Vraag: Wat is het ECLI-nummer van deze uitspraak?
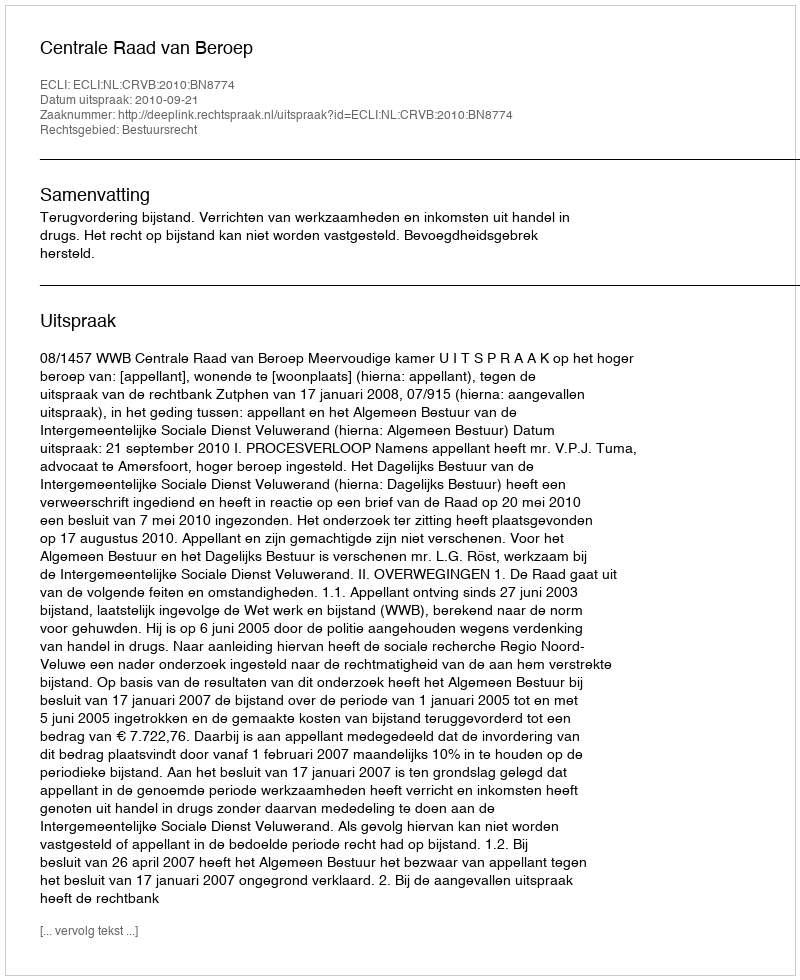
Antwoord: ECLI:NL:CRVB:2010:BN8774